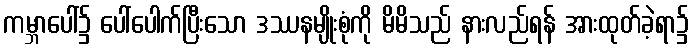
ကမ္ဘာပေါ်၌ ပေါ်ပေါက်ပြီးသော ဒဿနမျိုးစုံကို မိမိသည် နားလည်ရန် အားထုတ်ခဲ့ရာ၌